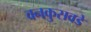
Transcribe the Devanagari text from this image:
वनकुसवडे